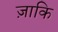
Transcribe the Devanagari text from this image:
ज़ाकि